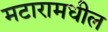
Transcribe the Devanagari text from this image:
मटारामधील